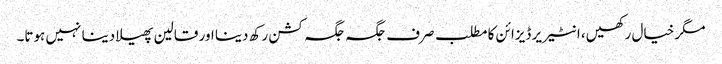
مگر خیال رکھیں، انٹیریر ڈیزائن کا مطلب صرف جگہ جگہ کشن رکھ دینا اور قالین پھیلا دینا نہیں ہوتا۔